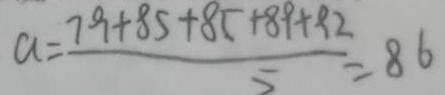
a = \frac { 7 9 + 8 5 + 8 5 + 8 9 + 9 2 } { 5 } = 8 6